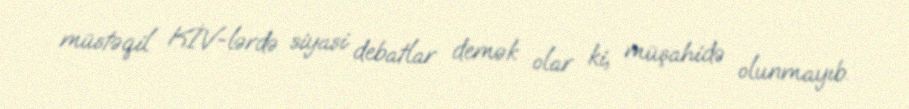
müstəqil KİV-lərdə siyasi debatlar demək olar ki, müşahidə olunmayıb.